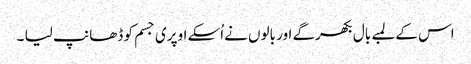
اس کے لمبے بال بکھرگے اور بالوں نےاُسکے اوپری جسم کو ڈھانپ لیا ۔